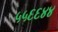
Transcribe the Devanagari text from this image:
५५६६४४